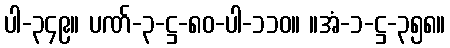
ပါ-၃၄၉။ ပဏ်-၃-ဋ္ဌ-၈၀-ပါ-၁၁၀။ ။အံ-၁-ဋ္ဌ-၃၅၈။